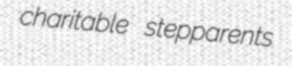
charitable stepparents